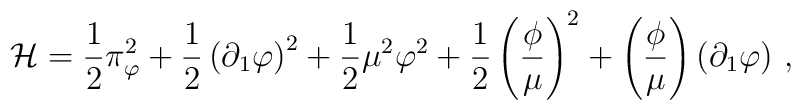
{\cal H}=\frac{1}{2}\pi^2_\varphi+\frac{1}{2}\left(\partial_1\varphi\right)^2+\frac{1}{2}\mu^2\varphi^2+\frac{1}{2}\left(\frac{\phi}{\mu}\right)^2+\left(\frac{\phi}{\mu}\right)(\partial_1\varphi)\ ,